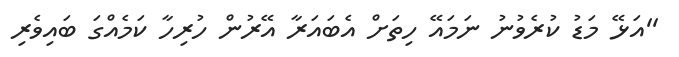
''އަޅޭ މަޑު ކުރެވުނު ނަމައޭ ހިތަށް އެބައަރާ އޭރުން ހުރިހާ ކަމެއްގަ ބައިވެރި